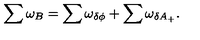
\sum \omega _ { B } = \sum \omega _ { \delta \phi } + \sum \omega _ { \delta A _ { + } } .